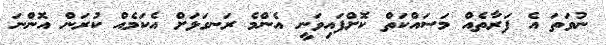
ނުވަތަ އެ ފަރާތެއް މަސައްކަތް ކޮށްފައިވަނީ އެންމެ ރަނގަޅަށް އެކަމެއް ކުރަން އޮންނަ